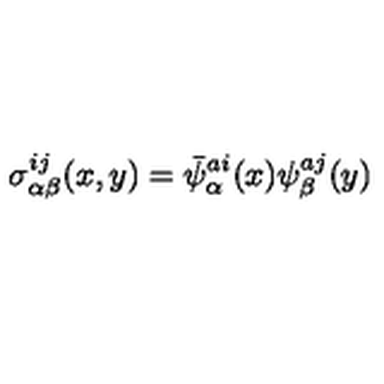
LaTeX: \sigma _ { \alpha \beta } ^ { i j } ( x , y ) = \bar { \psi } _ { \alpha } ^ { a i } ( x ) \psi _ { \beta } ^ { a j } ( y )